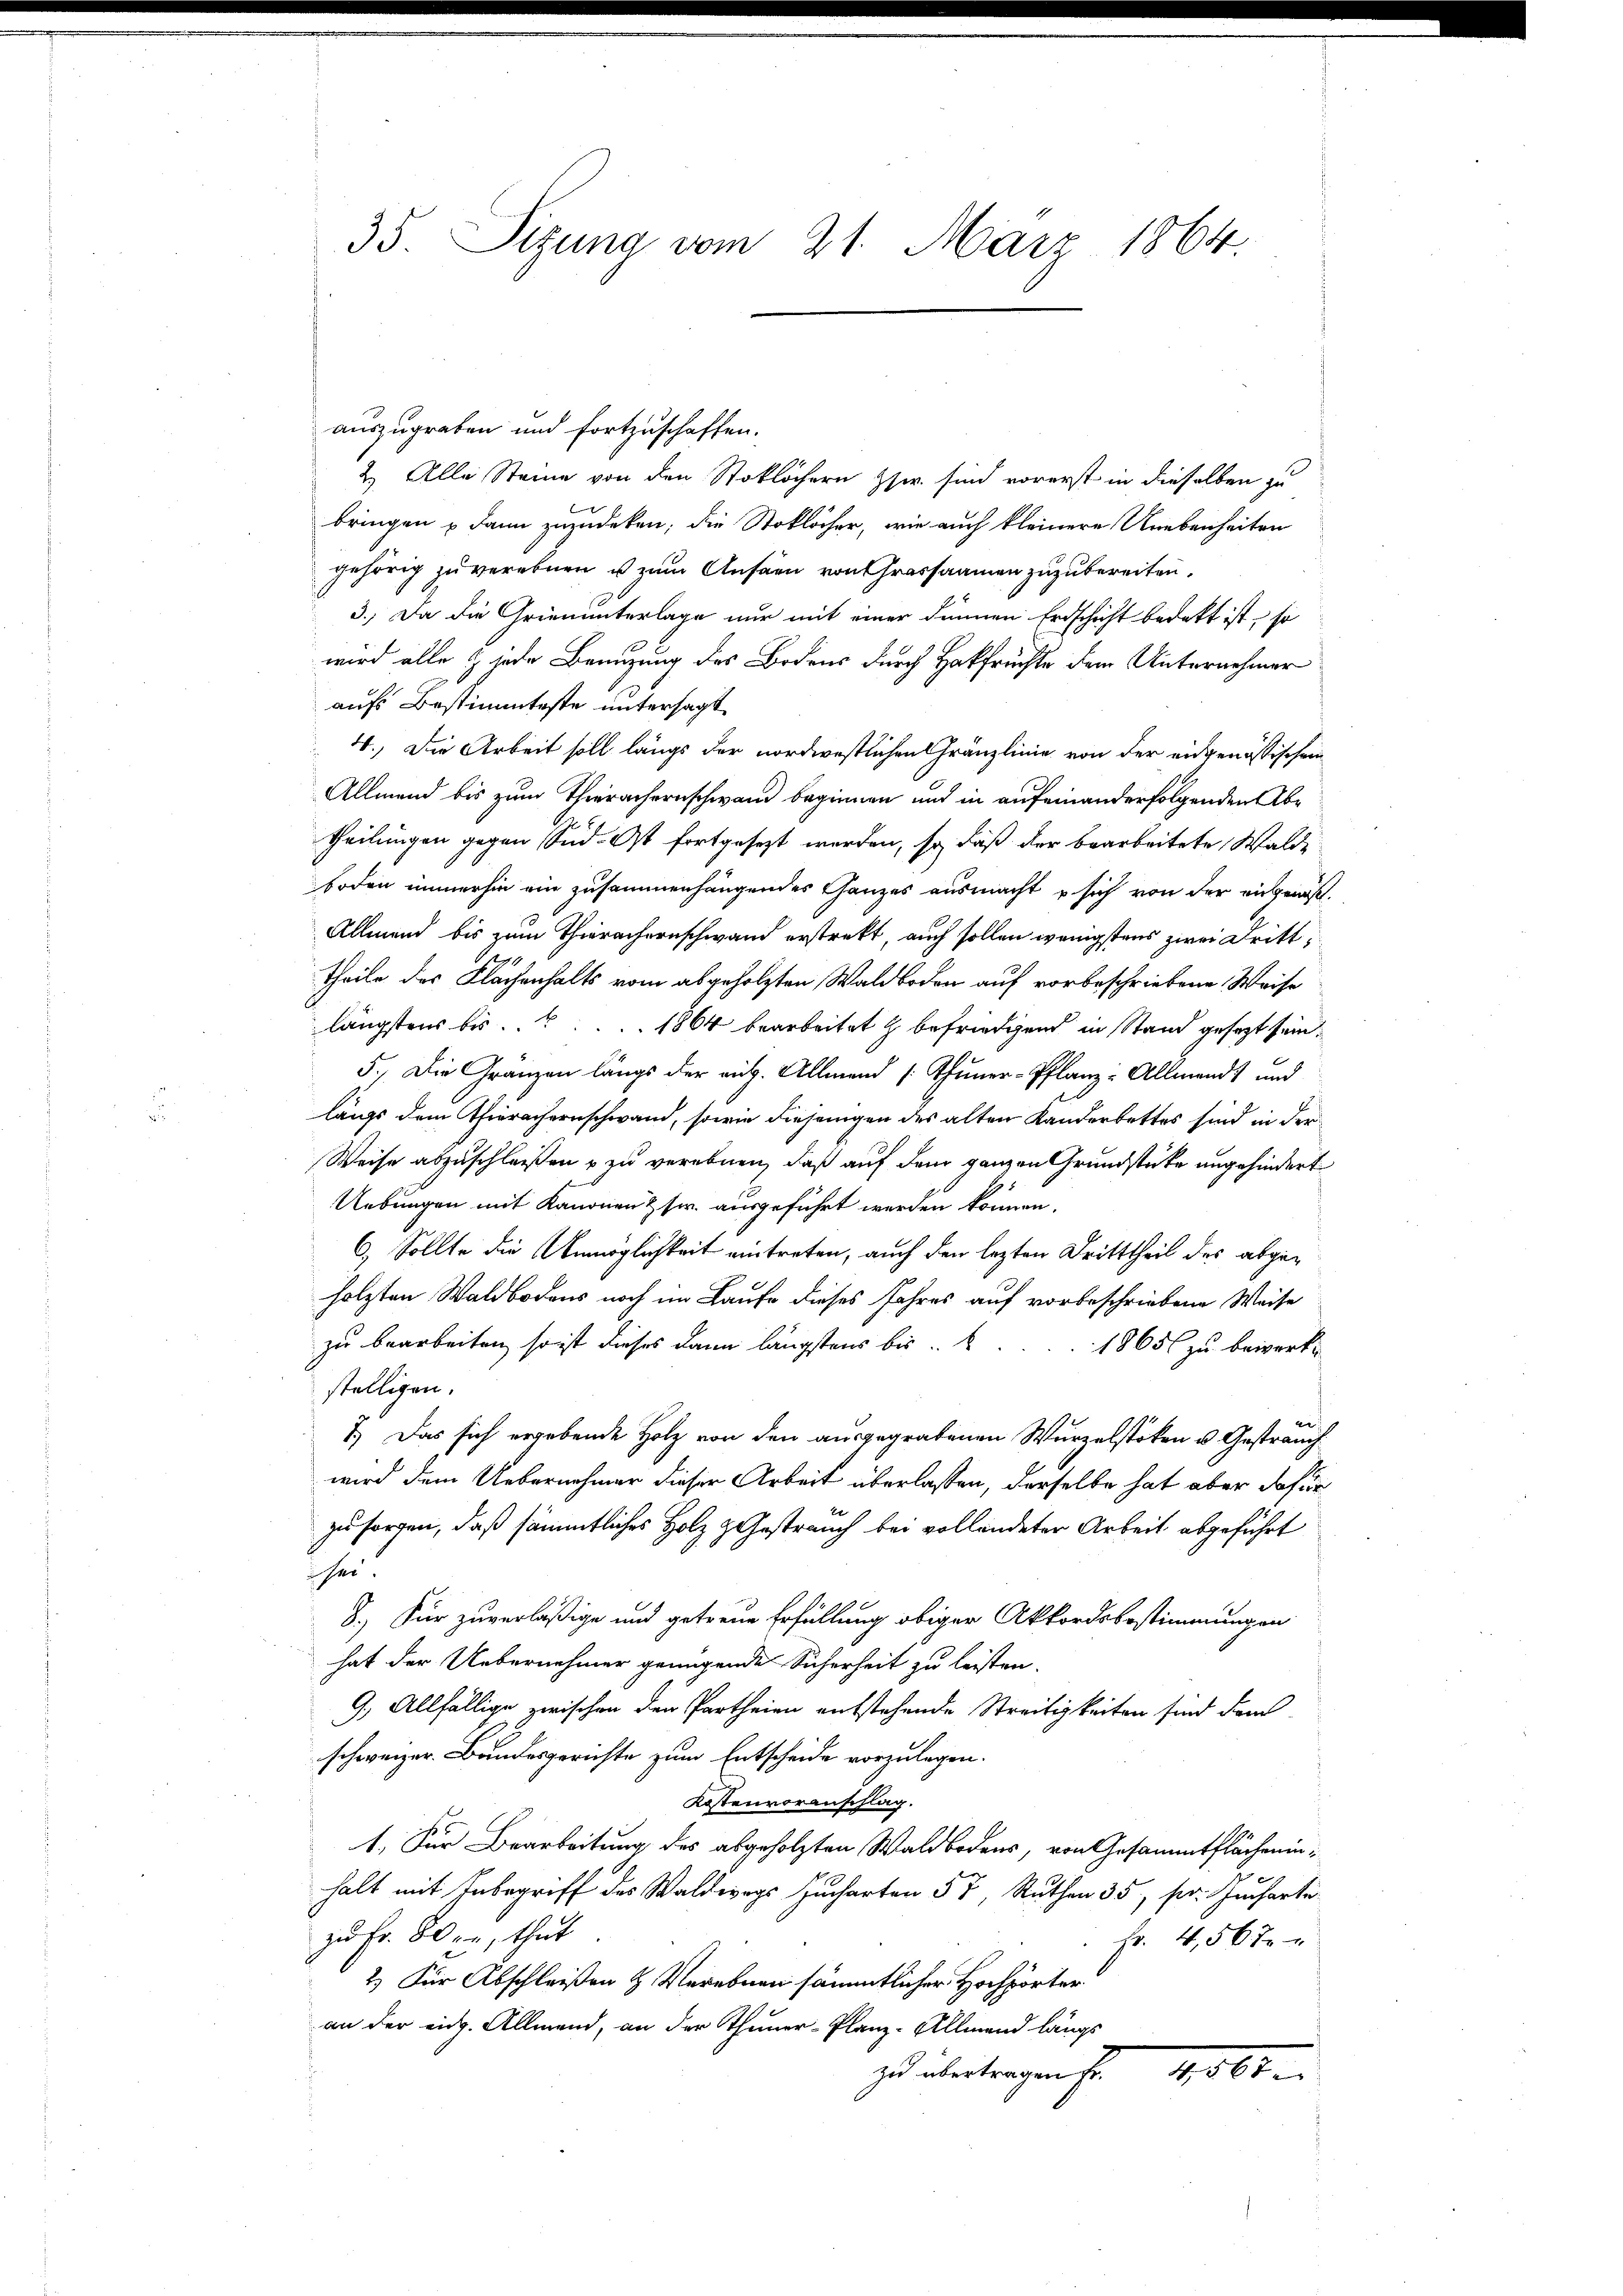
35. Sitzung vom 21. März 1864.

auszugraben und fortzuschaffen.
2.) Alle Steine von den Stoklöchern Zzw. sind vorerst in dieselben zu
bringen u dann zuzudeken, die Stoklöcher, wie auch kleinere Unebenheiten
gehörig zu verebnen u zum Ansäen von Grossammen zuzubereiten.
3., Da die Grienunterlage nur mit einer dennen Erdschicht bedekt ist, so
wird alle & jede Benuzung des Bodens durch Hakfrüchte dem Unternehmer
aufs Bestimmteste untersagt
4.) Die Arbeit soll längs der nordwestlichen Gränzlinie von der eidgenössischen
Allmend bis zum Theerachernschwand beginnen und in aufeinanderfolgenden Abtheilungen gegen Süd. Ost fortgesezt werden, so daß der bearbeitete, Walde
boden immerhin ein zusammenhängendes Ganzes ausmacht u sich von der eingewiß.
Allmend bis zum Thierachernschwand erstrekt, auch sollen wenigstens zwei Dritttheile des Flächenhalts vom abgeholzten Waldboden auf vorbeschriebene Weise
längstens bis . . . 1864 bearbeitet & befriedigend in Stand gesezt sein.
5.) Die Gränzen längs der rich. Allmend [Thuner-Pflanz-Allmend) und
längs dem Thierachernschwand, sowie diejenigen des alten Kanderbettes sind in der
Weise abzuschließen u zu verebnen, daß auf dem ganzen Grundstücke angehindert
Uebungen mit Kanonen & sr. ausgeführt werden können.
6.) Sollte die Unmöglichkeit eintreten, auch den lezten Dritttheil des abgeholzten Waldbodens noch im Laufe dieses Jahres auf vorbeschriebene Weise
zu bearbeiten, so ist dieses dann längstens bis . . 1865 zu bewerke
stelligen.
7.) Das sich ergebende Holz von den ausgegrabenen Wurzelstoken u. Gestrauch
wird dem Uebernehmer dieser Arbeit überlassen, derselbe hat aber dafür
zu sorgen, daß sämmtliches Holz z. Gestrauch bei vollendeter Arbeit abgeführt
hen
8.) Für zuverläßige und getreue Erfüllung obiger Akkordsbestimmungen
hat der Uebernehmer genügende Sicherheit zu leisten.
9.) Allfällige zwischen den Partheien entstehende Streitigkeiten sind dem
schweizer. Bundesgerichte zum Entscheide vorzulegen.
Kostenvoranschlag.
1. Für Bearbeitung des abgeholzten Waldbodens, von Gesammtflächeninhalt mit Inbegriff des Waldes Jucharten 57, Ruthen 35, sr. Jucharte
zu Fr. Bern, thut
fr. 4,567
2) Für Abschleißen & Verebnen sämmtlicher Hochpörter
an der eidg. Allmend, an der Thuner-Planz-Allmend längs
zu übertragen Fr. 41,000.